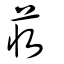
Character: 荍